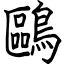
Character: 鷗